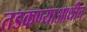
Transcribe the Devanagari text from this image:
तडकण्याआधीच